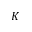
K